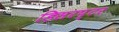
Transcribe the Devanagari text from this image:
डिसरप्टर